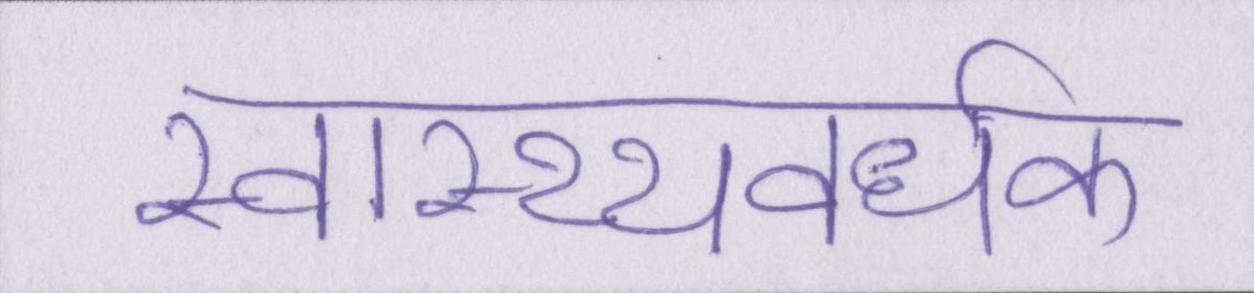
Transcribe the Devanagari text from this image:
स्वास्थ्यवर्धक